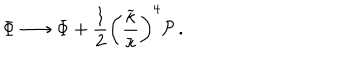
\Phi \longrightarrow \Phi + { \frac { 1 } { 2 } } \left( { \frac { \widetilde { \kappa } } { \kappa } } \right) ^ { 4 } { \cal P } \, .